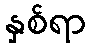
နှစ်ရာ